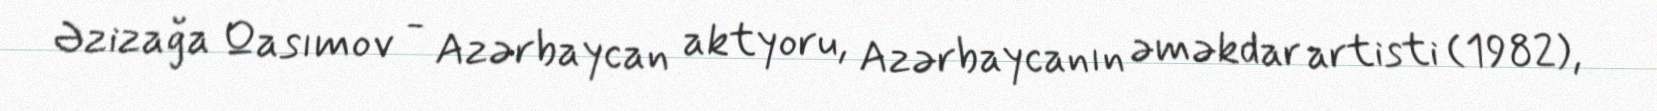
Əzizağa Qasımov - Azərbaycan aktyoru, Azərbaycanın əməkdar artisti (1982),